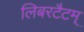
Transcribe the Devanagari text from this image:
लिबरटैटम्